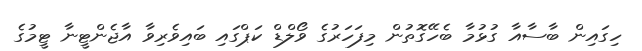
ހިގައިން ބާސާއާ ގުޅުމާ ބެހޭގޮތުން މިފަހަރުގެ ވޯލްޑް ކަޕްގައި ބައިވެރިވާ އާޖެންޓީނާ ޓީމުގެ